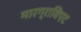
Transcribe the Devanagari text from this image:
मारग्राविएट